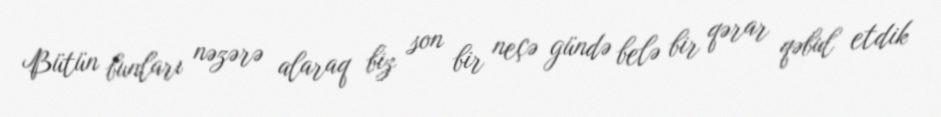
Bütün bunları nəzərə alaraq biz son bir neçə gündə belə bir qərar qəbul etdik